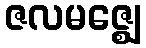
ဇလမဇ္ဈေ